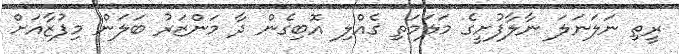
ރީތި ނަލަނަލަ ނާލާފުށީގެ މަލަމަތި ގެއްލި އޮބިގެން ދާ މަންޒަރު ބަލަން މިފުޒާއަށް